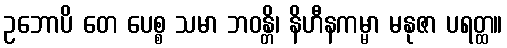
ဥဘောပိ တေ ပေစ္စ သမာ ဘဝန္တိ၊ နိဟီနကမ္မာ မနုဇာ ပရတ္ထ။